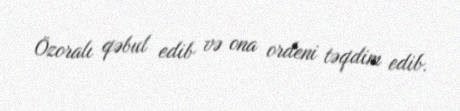
Özoralı qəbul edib və ona ordeni təqdim edib.